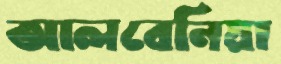
আলবেনিয়া